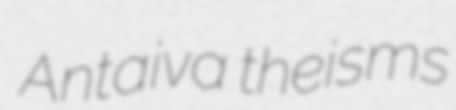
Antaiva theisms